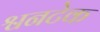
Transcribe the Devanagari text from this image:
श्वनटेक